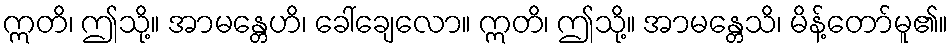
ဣတိ၊ ဤသို့။ အာမန္တေဟိ၊ ခေါ်ချေလော။ ဣတိ၊ ဤသို့။ အာမန္တေသိ၊ မိန့်တော်မူ၏။